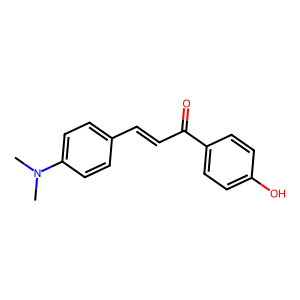
SMILES: CN(C)c1ccc(C=CC(=O)c2ccc(O)cc2)cc1
Inhibits HIV replication: No